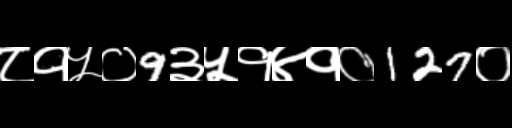
Text: ८१५०9३५१४१०127०